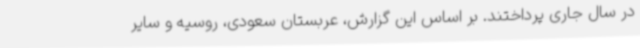
در سال جاری پرداختند. بر اساس این گزارش، عربستان سعودی، روسیه و سایر